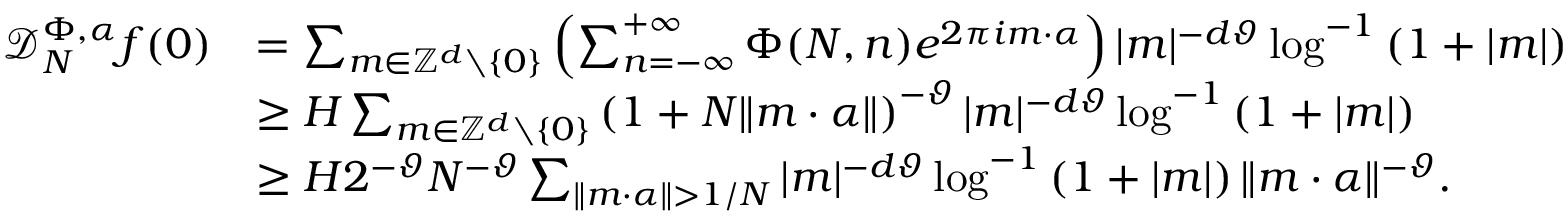
\begin{array} { r l } { \mathcal D _ { N } ^ { \Phi , \alpha } f ( 0 ) } & { = \sum _ { m \in \mathbb { Z } ^ { d } \setminus \{ 0 \} } \left( \sum _ { n = - \infty } ^ { + \infty } \Phi ( N , n ) e ^ { 2 \pi i m \cdot \alpha } \right) | m | ^ { - d \vartheta } \log ^ { - 1 } \left( 1 + | m | \right) } \\ & { \geq H \sum _ { m \in \mathbb { Z } ^ { d } \setminus \{ 0 \} } \left( 1 + N \| m \cdot \alpha \| \right) ^ { - \vartheta } | m | ^ { - d \vartheta } \log ^ { - 1 } \left( 1 + | m | \right) } \\ & { \geq H 2 ^ { - \vartheta } N ^ { - \vartheta } \sum _ { \| m \cdot \alpha \| > 1 / N } | m | ^ { - d \vartheta } \log ^ { - 1 } \left( 1 + | m | \right) \| m \cdot \alpha \| ^ { - \vartheta } . } \end{array}